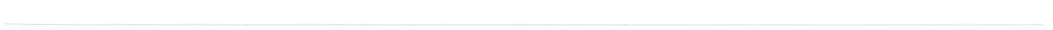
___